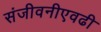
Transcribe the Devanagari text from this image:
संजीवनीएवढी